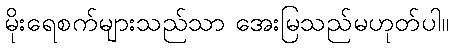
မိုးရေစက်များသည်သာ အေးမြသည်မဟုတ်ပါ။